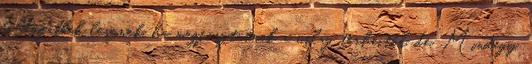
boldogabbak lesznek, ha megfosztatnak a világ terheitől, de. Mindegy.